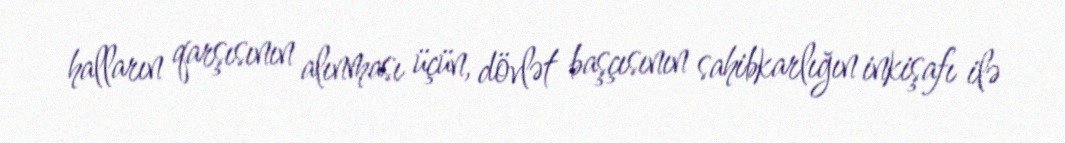
halların qarşısının alınması üçün, dövlət başçısının sahibkarlığın inkişafı ilə